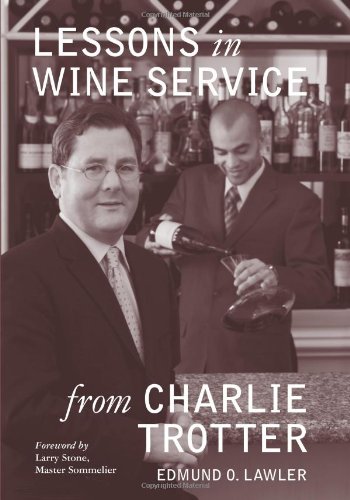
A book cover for Lessons in Wine Service (Lessons from Charlie Trotter); Edmund O. Lawler; Cookbooks, Food & Wine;